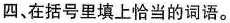
四、在括号里填上恰当的词语。